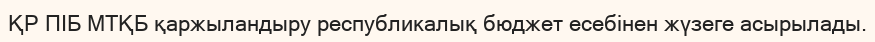
ҚР ПІБ МТҚБ қаржыландыру республикалық бюджет есебінен жүзеге асырылады.